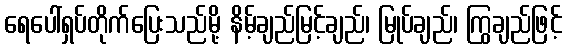
ရေပေါ်ရှပ်တိုက်ပြေးသည်မို့ နိမ့်ချည်မြင့်ချည်၊ မြုပ်ချည်၊ ကြွချည်ဖြင့်